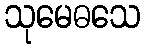
သုမေဓသေ